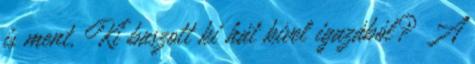
is ment. Ki baszott ki hát kivel igazából? A